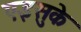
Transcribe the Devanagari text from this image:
एइसुके